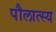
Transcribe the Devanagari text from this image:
पौलात्स्य